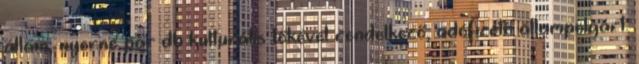
állam, nyerne pár db kulturális tőkével rendelkező, adófizető állampolgárt.